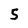
Character: 5